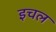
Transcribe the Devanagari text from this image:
इचल